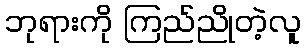
ဘုရားကို ကြည်ညိုတဲ့လူ